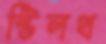
স্টিলথ